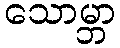
သောမ္ဘာ